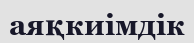
аяқкиімдік